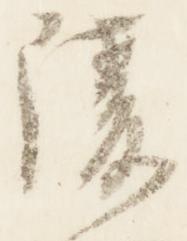
陵